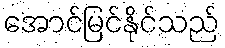
အောင်မြင်နိုင်သည်